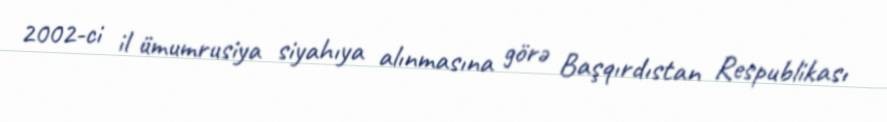
2002-ci il ümumrusiya siyahıya alınmasına görə Başqırdıstan Respublikası